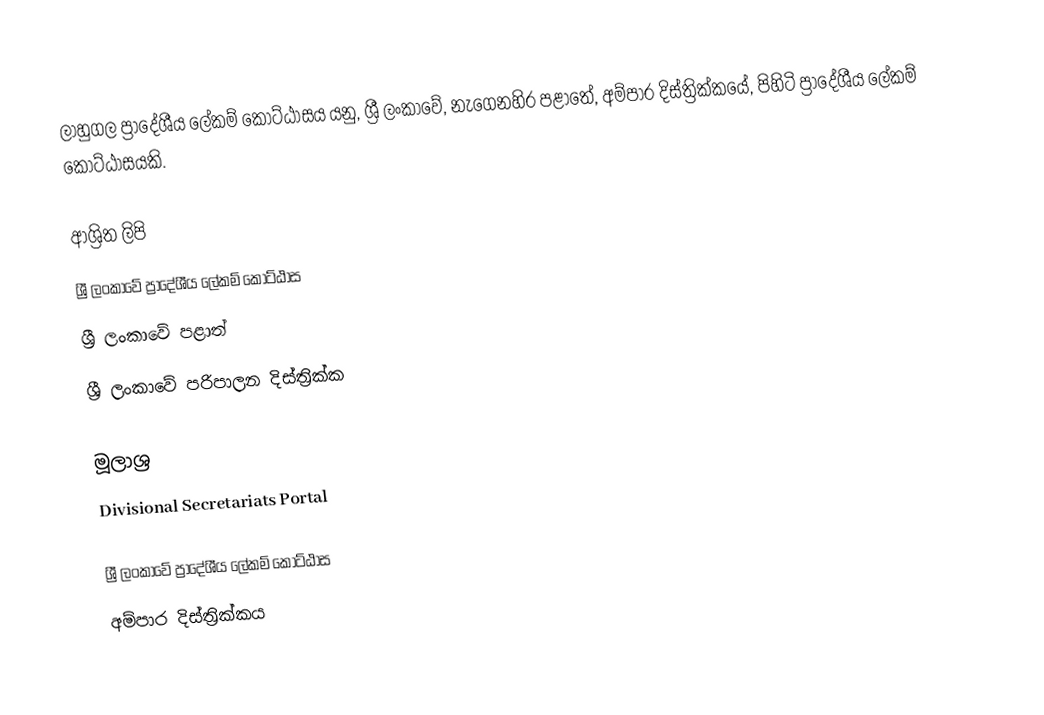
ලාහුගල ප්‍රාදේශීය ලේකම් කොට්ඨාසය යනු,  ශ්‍රී ලංකාවේ, නැගෙනහිර පළාතේ,   අම්පාර දිස්ත්‍රික්කයේ, පිහිටි ප්‍රාදේශීය ලේකම් කොට්ඨාසයකි.

ආශ්‍රිත ලිපි
ශ්‍රී ලංකාවේ ප්‍රාදේශීය ලේකම් කොට්ඨාස
ශ්‍රී ලංකාවේ පළාත්
ශ්‍රී ලංකාවේ පරිපාලන දිස්ත්‍රික්ක

මූලාශ්‍ර
 Divisional Secretariats Portal

ශ්‍රී ලංකාවේ ප්‍රාදේශීය ලේකම් කොට්ඨාස
අම්පාර දිස්ත්‍රික්කය